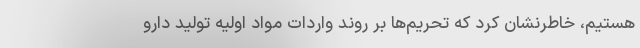
هستیم، خاطرنشان کرد که تحریم‌ها بر روند واردات مواد اولیه تولید دارو